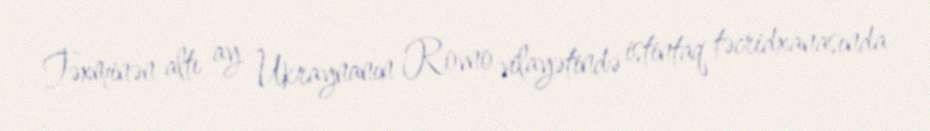
Təxminən altı ay Ukraynanın Rovno vilayətində istintaq təcridxanasında